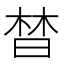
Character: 𣈅